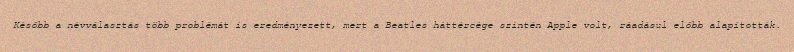
Később a névválasztás több problémát is eredményezett, mert a Beatles háttércége szintén Apple volt, ráadásul előbb alapították.